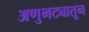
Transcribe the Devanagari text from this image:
अणुभट्यातून